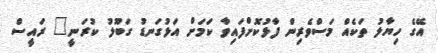
އޭގެ ހިޔާލު ތަކެއް މަސްވެރިން ފާޅުކޮށްފައިވާ ކަމަށް އަޅުގަނޑު ގަބޫލު ކުރަނީ" ރައީސް